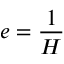
e = { \frac { 1 } { H } }